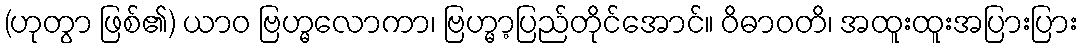
(ဟုတွာ ဖြစ်၏) ယာဝ ဗြဟ္မလောကာ၊ ဗြဟ္မာ့ပြည်တိုင်အောင်။ ဝိဓာဝတိ၊ အထူးထူးအပြားပြား